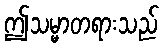
ဤသမ္မာတရားသည်